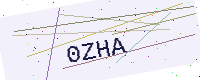
Text: 0ZHA